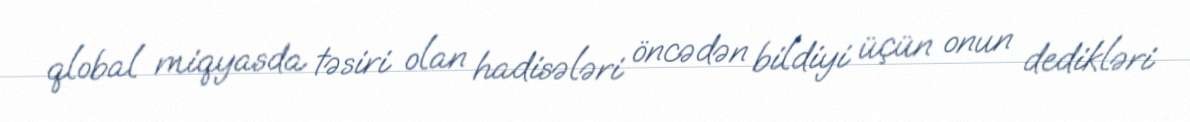
qlobal miqyasda təsiri olan hadisələri öncədən bildiyi üçün onun dedikləri